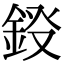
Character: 𮢀